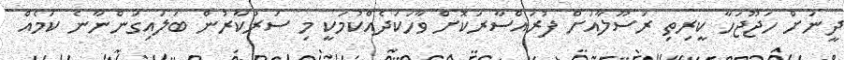
ދީނަށް ހަޖޫޖަހާ ކީރިތި ރަސޫލާއަށް ފުރައްސާރަކޮށް ވާހަކަދެއްކުމަކީ މި ސަރުކާރުން ބަލައިގަންނާނެ ކަމެއް